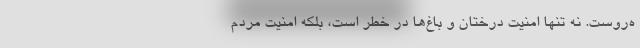
ه‌روست. نه تنها امنیت درختان و باغ‌ها در خطر است، بلکه امنیت مردم